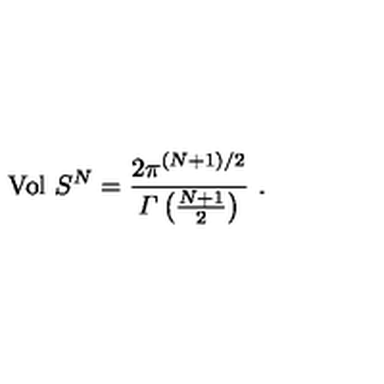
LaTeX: \mathrm { V o l } \ S ^ { N } = \frac { 2 \pi ^ { ( N + 1 ) / 2 } } { { \mit \Gamma } \left( \frac { N + 1 } { 2 } \right) } \ .